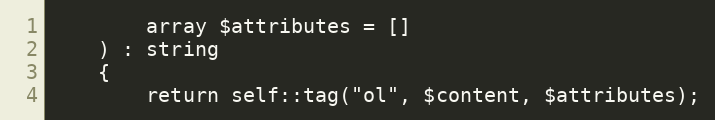
Language: PHP
        array $attributes = []
    ) : string
    {
        return self::tag("ol", $content, $attributes);